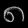
Digit: ၈